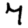
Digit: 7